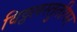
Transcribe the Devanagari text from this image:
विठ्ठलस्तुतीपर